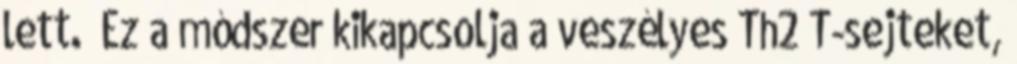
lett. „Ez a módszer kikapcsolja a veszélyes Th2 T-sejteket,